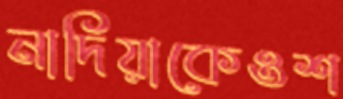
নাদিয়াকেওশ